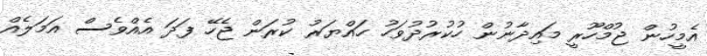
އެމީހުން ޖުމްހޫރީ މައިދާނުން ހުކުރުދުވަހު ހައްޔަރު ކުރަން ޖެހޭ ފަދަ އެއްވެސް އަމަލެއް